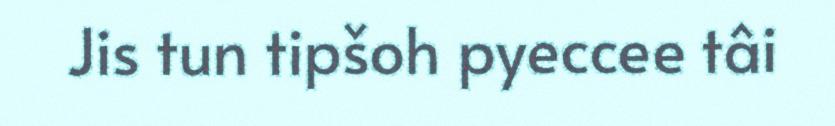
Jis tun tipšoh pyeccee tâi